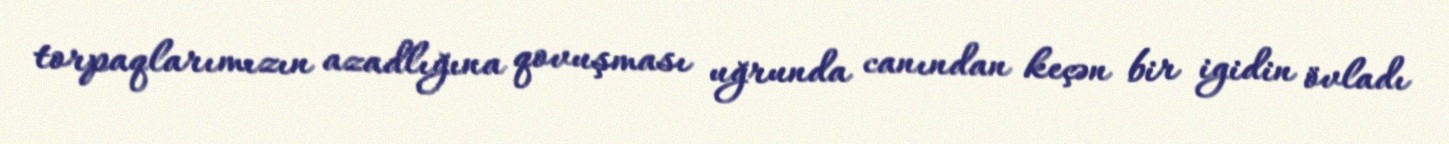
torpaqlarımızın azadlığına qovuşması uğrunda canından keçən bir igidin övladı